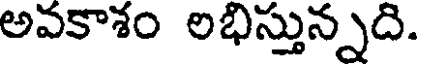
అవకాశం లభిస్తున్నది.